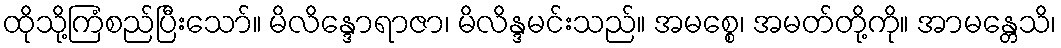
ထိုသို့ကြံစည်ပြီးသော်။ မိလိန္ဒောရာဇာ၊ မိလိန္ဒမင်းသည်။ အမစ္စေ၊ အမတ်တို့ကို။ အာမန္တေသိ၊